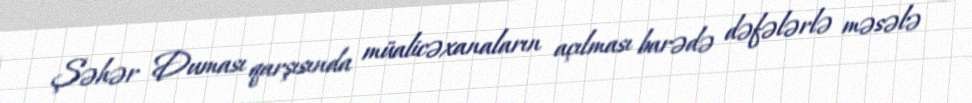
Şəhər Duması qarşısında müalicəxanaların açılması barədə dəfələrlə məsələ